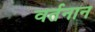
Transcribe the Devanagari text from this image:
वर्तनान